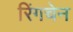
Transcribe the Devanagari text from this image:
रिंगचेन